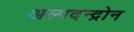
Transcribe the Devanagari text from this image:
अल्पदन्द्रोन